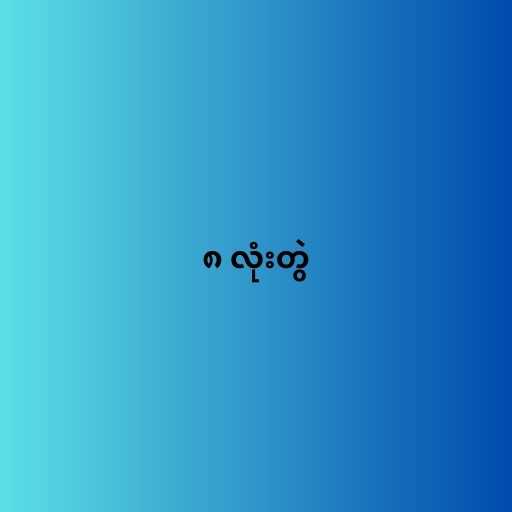
၈ လုံးတွဲ